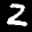
Label: 2